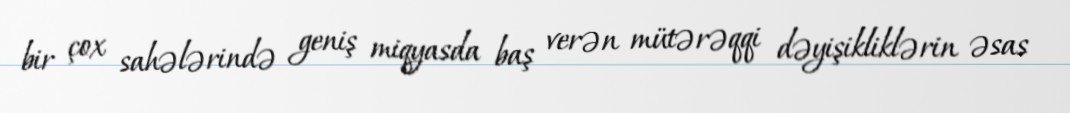
bir çox sahələrində geniş miqyasda baş verən mütərəqqi dəyişikliklərin əsas